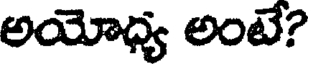
అయోధ్య అంటే?